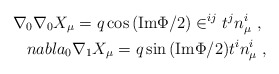
\begin{align*}\nabla_{0} \nabla_{0} X_{\mu} = q \cos{({\rm Im} \Phi/2)}\in^{ij} t^{j} n^{i}_{\mu} \ , \ \\nabla_{0} \nabla_{1} X_{\mu} = q \sin{({\rm Im} \Phi/2)}t^{i} n^{i}_{\mu} \ ,\end{align*}